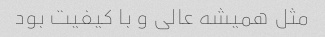
مثل همیشه عالى و با کیفیت بود